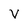
Character: V